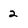
Character: 2